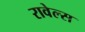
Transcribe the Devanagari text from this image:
रावेल्स